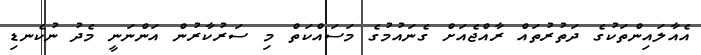
އެއާލައިންތަކުގެ ދަތުރުތައް ރާއްޖެއަށް ގެނައުމުގެ މަސައްކަތް މި ސަރުކާރުން އަންނަނީ މެދު ނުކެނޑި